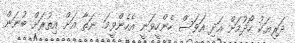
ދަރިޔަކު ހޯދުމަށް އަދި އަވަސް ހެންހީވަނީ އެހެންވީމަ. ނަތާ އަށް އިތުރަށް ބުނަން